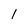
Character: 1